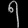
Digit: ၅